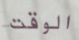
الوقت